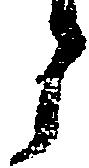
々